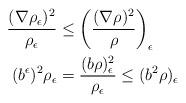
LaTeX: \begin{align*}\frac{(\nabla\rho_{\epsilon})^{2}}{\rho_{\epsilon}} & \le\left(\frac{(\nabla\rho)^{2}}{\rho}\right)_{\epsilon}\\(b^{\epsilon})^{2}\rho_{\epsilon} & =\frac{(b\rho)_{\epsilon}^{2}}{\rho_{\epsilon}}\le(b^{2}\rho)_{\epsilon}\end{align*}